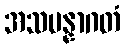
အသမန္နာဂတံ